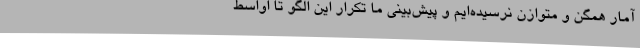
آمار همگن و متوازن نرسیده‌ایم و پیش‌بینی ما تکرار این الگو تا اواسط